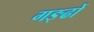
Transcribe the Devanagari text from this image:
गङ्ढों